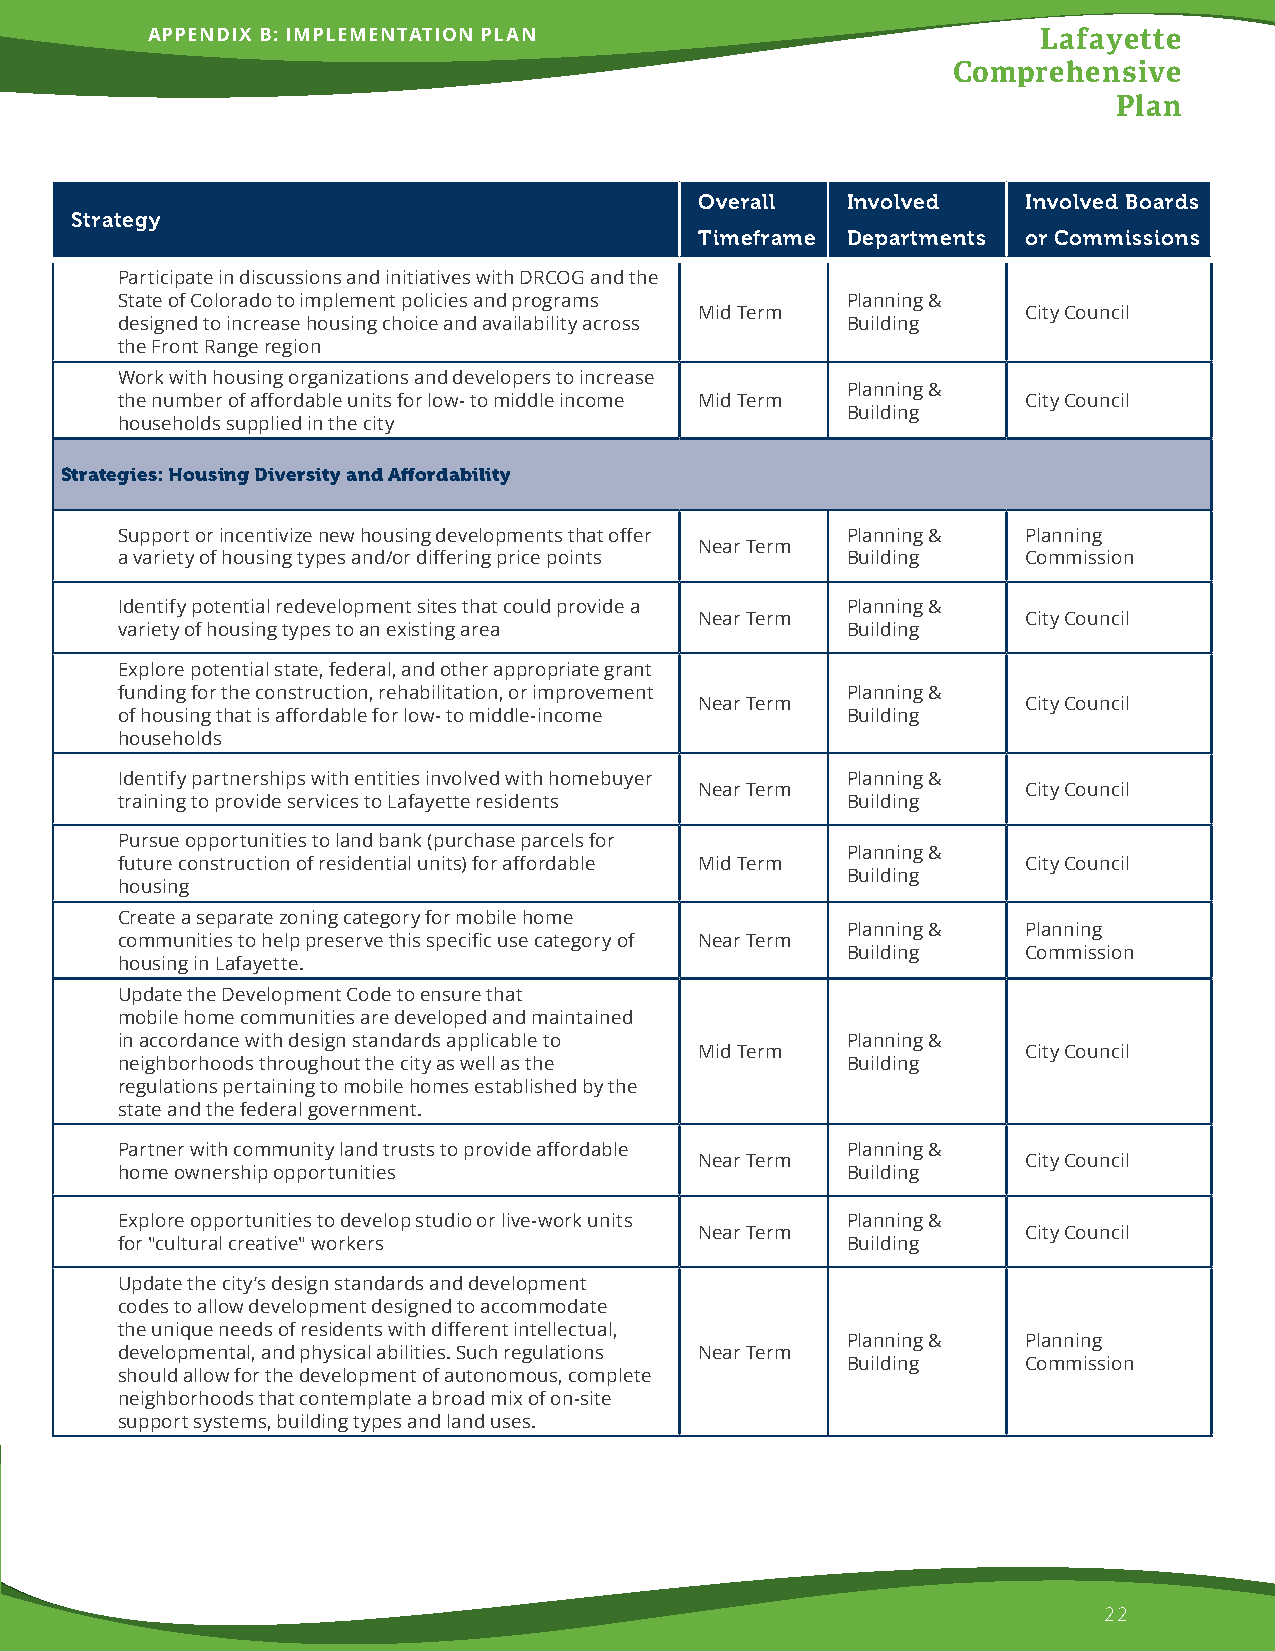
APPENDIX B: IMPLEMENTATION PLAN                            Lafayette
 Comprehensive
 Plan
 Overall   Involved    Involved Boards
 Strategy
 Timeframe Departments or Commissions
 Participate in discussions and initiatives with DRCOG and the
 State of Colorado to implement policies and programs Planning &
 Mid Term              City Council
 designed to increase housing choice and availability across Building
 the Front Range region
 Work with housing organizations and developers to increase
 Planning &
 the number of affordable units for low- to middle income Mid Term City Council
 Building
 households supplied in the city
 Strategies: Housing Diversity and Affordability
 Support or incentivize new housing developments that offer Planning & Planning
 Near Term
 a variety of housing types and/or differing price points Building Commission
 Identify potential redevelopment sites that could provide a Planning &
 Near Term             City Council
 variety of housing types to an existing area    Building
 Explore potential state, federal, and other appropriate grant
 funding for the construction, rehabilitation, or improvement Planning &
 Near Term             City Council
 of housing that is affordable for low- to middle-income Building
 households
 Identify partnerships with entities involved with homebuyer Planning &
 Near Term             City Council
 training to provide services to Lafayette residents Building
 Pursue opportunities to land bank (purchase parcels for
 Planning &
 future construction of residential units) for affordable Mid Term City Council
 Building
 housing
 Create a separate zoning category for mobile home
 Planning &  Planning
 communities to help preserve this specific use category of Near Term
 Building    Commission
 housing in Lafayette.
 Update the Development Code to ensure that
 mobile home communities are developed and maintained
 in accordance with design standards applicable to Planning &
 Mid Term              City Council
 neighborhoods throughout the city as well as the Building
 regulations pertaining to mobile homes established by the
 state and the federal government.
 Partner with community land trusts to provide affordable Planning &
 Near Term             City Council
 home ownership opportunities                    Building
 Explore opportunities to develop studio or live-work units Planning &
 Near Term             City Council
 for "cultural creative" workers                 Building
 Update the city’s design standards and development
 codes to allow development designed to accommodate
 the unique needs of residents with different intellectual,
 Planning &  Planning
 developmental, and physical abilities. Such regulations Near Term
 Building    Commission
 should allow for the development of autonomous, complete
 neighborhoods that contemplate a broad mix of on-site
 support systems, building types and land uses.
 22